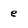
Character: e